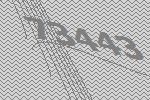
73443